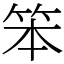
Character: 笨